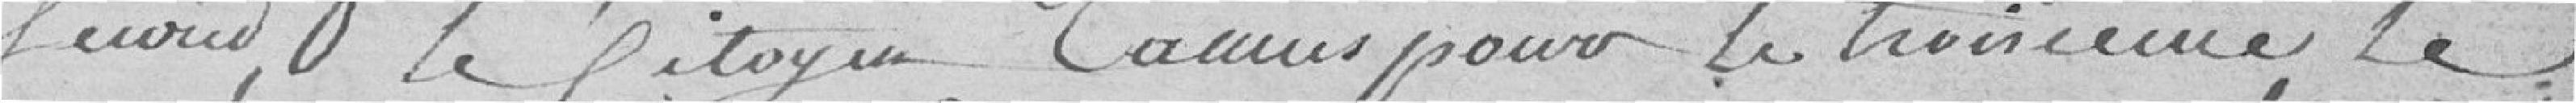
second, le Citoyen Camus pour le troisième, le